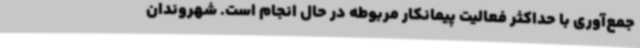
جمع‌آوری با حداکثر فعالیت پیمانکار مربوطه در حال انجام است. شهروندان